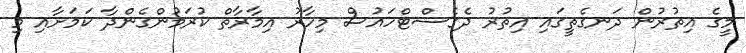
މީގެ އިތުރުން ދަނގެތީގައި އިތުރު ދެގެސްޓްހައުސް މިހާރު އިމާރާތް ކުރަމުންގެންދާ ކަމަށާއި މި